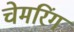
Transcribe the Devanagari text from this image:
चेमरिंग